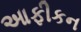
આફીકન